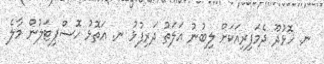
ނ. ހޮޅުދޫ ދެމަފިރިއަކަށް ލިބުނު އަލަތު ދަރިފުޅު ނ. އަތޮޅު ހޮސްޕިޓަލުން މާލެ